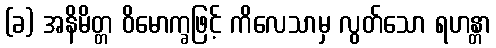
(ခ) အနိမိတ္တ ဝိမောက္ခဖြင့် ကိလေသာမှ လွတ်သော ရဟန္တာ